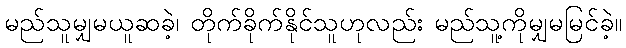
မည်သူမျှမယူဆခဲ့၊ တိုက်ခိုက်နိုင်သူဟုလည်း မည်သူ့ကိုမျှမမြင်ခဲ့။